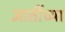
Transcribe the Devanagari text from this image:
ज्ञातींच्या